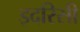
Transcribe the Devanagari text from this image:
इदरिसी